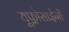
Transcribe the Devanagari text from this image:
यूफ़्रोसाईनी